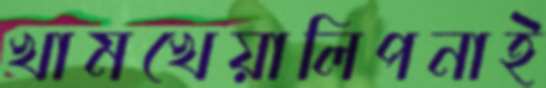
খামখেয়ালিপনাই